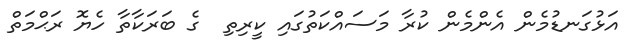
އަޅުގަނޑުމެން އެންމެން ކުރާ މަސައްކަތުގައި ކީރިތި  ގެ ބަރަކާތާ ހެޔޮ ރަޙްމަތް